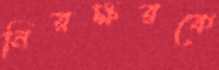
নিরক্ষরকে